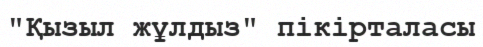
"Қызыл жұлдыз" пікірталасы